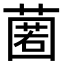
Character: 𮑆